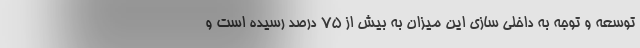
توسعه و توجه به داخلی سازی این میزان به بیش از ۷۵ درصد رسیده است و